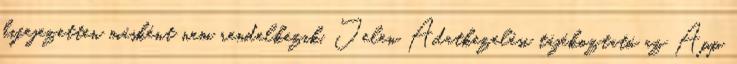
kifejezetten másként nem rendelkezik. Jelen Adatkezelési tájékoztató az App